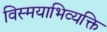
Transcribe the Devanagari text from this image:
विस्मयाभिव्यक्ति